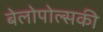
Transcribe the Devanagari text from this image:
बेलोपोल्सकी